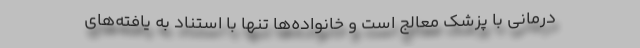
درمانی با پزشک معالج است و خانواده‌ها تنها با استناد به یافته‌های